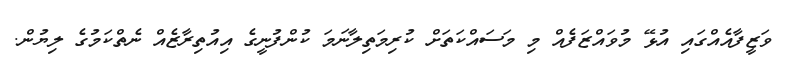
ވަޒީފާއެއްގައި އުޅޭ މުވައްޒަފެއް މި މަސައްކަތަށް ކުރިމަތިލާނަމަ ކުންފުނީގެ އިއުތިރާޒެއް ނެތްކަމުގެ ލިޔުން.